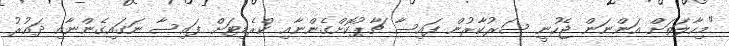
"މިހާލަތަށް އަންނަން ޖެހުނީ ސަރުކާރުން ފައިސާ ޗާޕުކޮށްގެންނާއި ކްރެޑިޓަށް ފައިސާ ނަގައިގެންނާއި ދައުރު